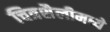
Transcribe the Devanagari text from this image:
चित्रशैलीमध्ये